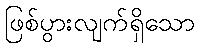
ဖြစ်ပွားလျက်ရှိသော